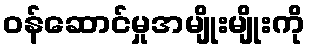
ဝန်ဆောင်မှုအမျိုးမျိုးကို